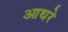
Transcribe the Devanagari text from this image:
आथरे